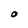
Character: O